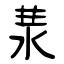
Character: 汬